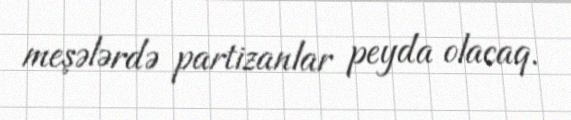
meşələrdə partizanlar peyda olacaq.